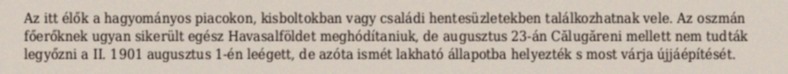
Az itt élők a hagyományos piacokon, kisboltokban vagy családi hentesüzletekben találkozhatnak vele. Az oszmán főerőknek ugyan sikerült egész Havasalföldet meghódítaniuk, de augusztus 23-án Călugăreni mellett nem tudták legyőzni a II. 1901 augusztus 1-én leégett, de azóta ismét lakható állapotba helyezték s most várja újjáépítését.